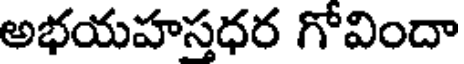
అభయహస్తధర గోవిందా